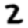
Digit: 2